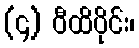
(၄) ဝီထိပိုင်း၊